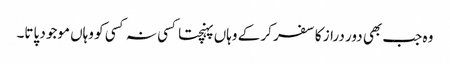
وہ جب بھی دور دراز کا سفر کر کے وہاں پہنچتا کسی نہ کسی کو وہاں موجود پاتا۔